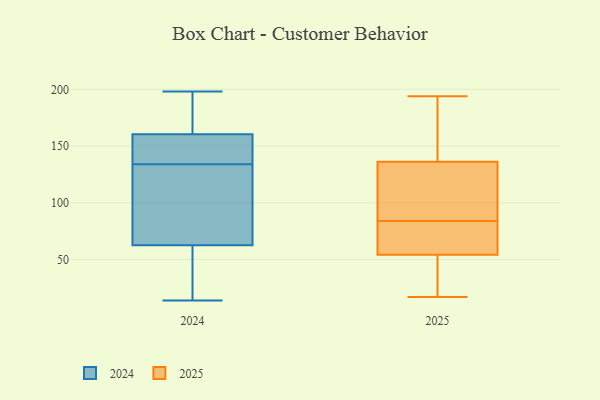
{"axis": {"x": "Budget (USD K)", "y": "Value"}, "legend": ["2024", "2025"], "data": [{"x": "", "y": 175, "type": "2025"}, {"x": "", "y": 113, "type": "2025"}, {"x": "", "y": 58, "type": "2025"}, {"x": "", "y": 84, "type": "2025"}, {"x": "", "y": 194, "type": "2025"}, {"x": "", "y": 27, "type": "2025"}, {"x": "", "y": 17, "type": "2025"}, {"x": "", "y": 81, "type": "2025"}, {"x": "", "y": 144, "type": "2025"}, {"x": "", "y": 89, "type": "2025"}, {"x": "", "y": 53, "type": "2025"}, {"x": "", "y": 14, "type": "2024"}, {"x": "", "y": 180, "type": "2024"}, {"x": "", "y": 144, "type": "2024"}, {"x": "", "y": 103, "type": "2024"}, {"x": "", "y": 155, "type": "2024"}, {"x": "", "y": 124, "type": "2024"}, {"x": "", "y": 150, "type": "2024"}, {"x": "", "y": 53, "type": "2024"}, {"x": "", "y": 72, "type": "2024"}, {"x": "", "y": 28, "type": "2024"}, {"x": "", "y": 82, "type": "2024"}, {"x": "", "y": 26, "type": "2024"}, {"x": "", "y": 153, "type": "2024"}, {"x": "", "y": 198, "type": "2024"}, {"x": "", "y": 166, "type": "2024"}, {"x": "", "y": 193, "type": "2024"}]}